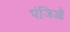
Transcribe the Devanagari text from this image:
पंजिओं